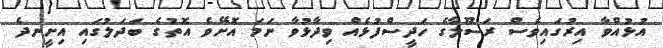
އުޅުއްވާ އިރުގައިވެސް ރަސޫލާގެ ހަދީސްފުޅެއް ވިދާޅުވާ ނަމަ އޮށޭވެ އޮތުގެ ބަދަލުގައި އިށީނދެ